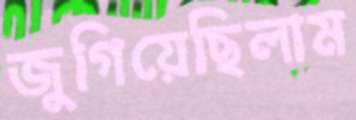
জুগিয়েছিলাম